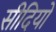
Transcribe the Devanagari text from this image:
सीदियों